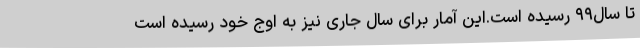
تا سال۹۹ رسیده است.این آمار برای سال جاری نیز به اوج خود رسیده است